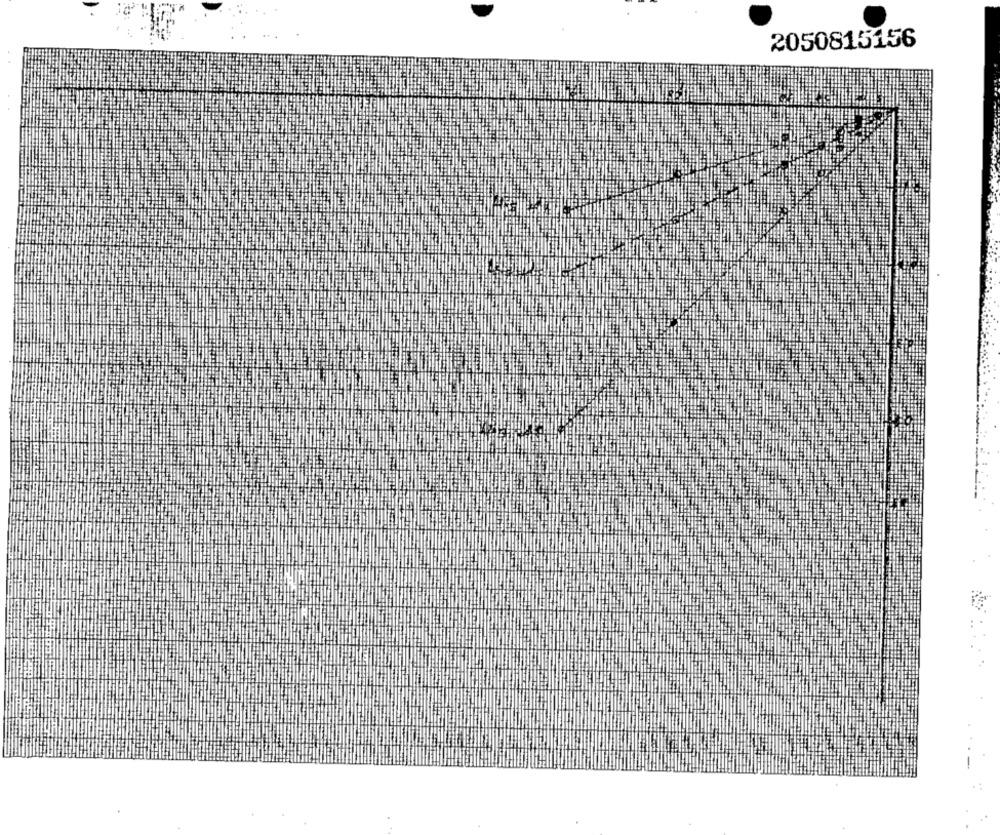
2050815156